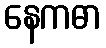
နေကဓာ